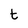
Character: t